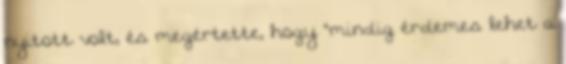
nyitott volt, és megértette, hogy "mindig érdemes lehet a